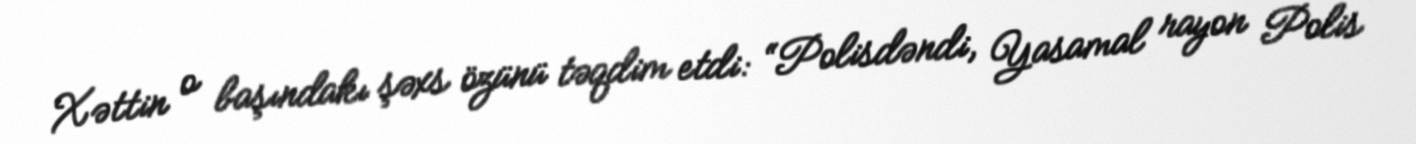
Xəttin o başındakı şəxs özünü təqdim etdi: “Polisdəndi, Yasamal rayon Polis